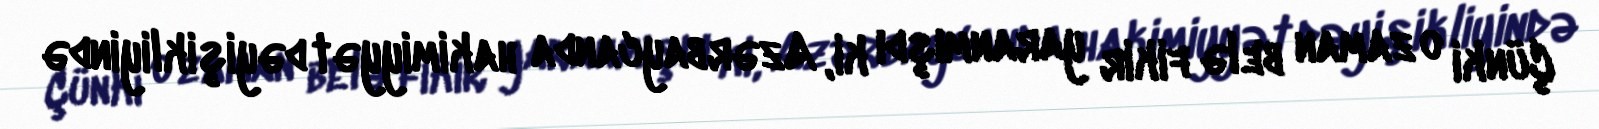
Çünki o zaman belə fikir yaranmışdı ki, Azərbaycanda hakimiyyət dəyişikliyində